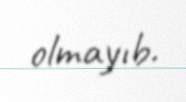
olmayıb.